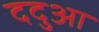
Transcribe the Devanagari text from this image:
ददुआ